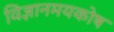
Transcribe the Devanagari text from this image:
विज्ञानमयकोष